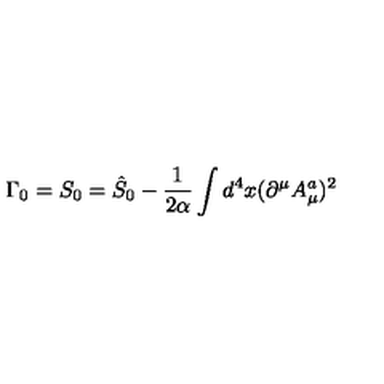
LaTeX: \Gamma _ { 0 } = S _ { 0 } = \hat { S } _ { 0 } - \frac 1 { 2 \alpha } \int d ^ { 4 } x ( \partial ^ { \mu } A _ { \mu } ^ { a } ) ^ { 2 }